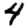
Digit: 4